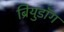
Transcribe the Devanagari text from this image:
ब्रियुडॉग